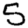
Digit: 5